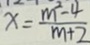
x = \frac { m ^ { 2 } - 4 } { m + 2 }